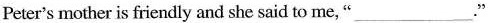
Peter's mother is friendly and she said to me,"___."